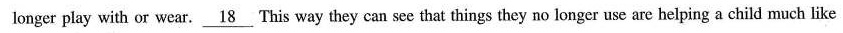
longer play with or wear. \underline{18} This way they can see that things they no longer use are helping a child much like